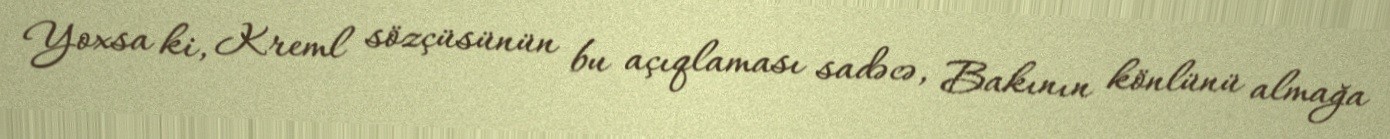
Yoxsa ki, Kreml sözçüsünün bu açıqlaması sadəcə, Bakının könlünü almağa